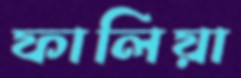
ফালিয়া